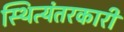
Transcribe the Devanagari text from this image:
स्थित्यंतरकारी